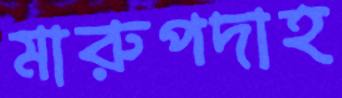
মারুপদাহ